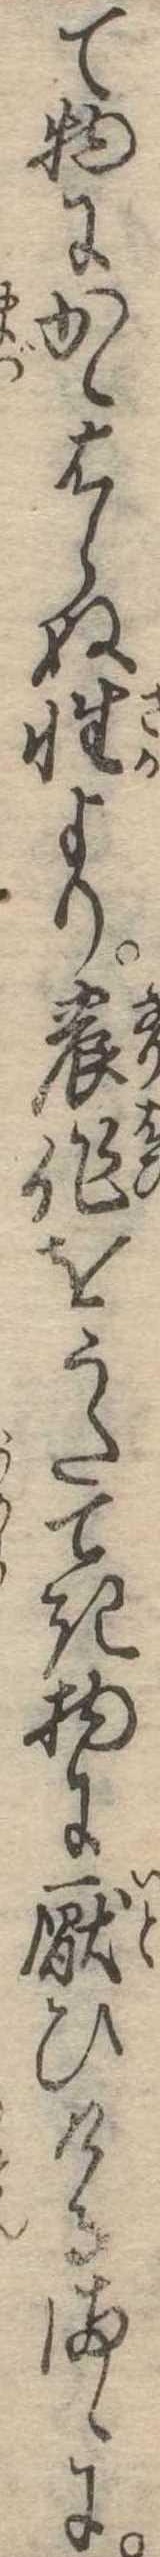
て物にかゝはらぬ性より農作をうたてき物に厭ひけるまゝに